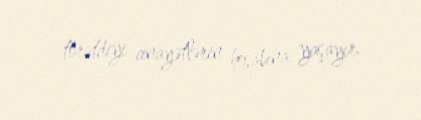
törətdiyi cinayətlərin hesabına yaşayır.